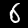
Label: 6